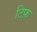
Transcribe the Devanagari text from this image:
टिफ़